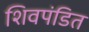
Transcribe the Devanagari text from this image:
शिवपंडित